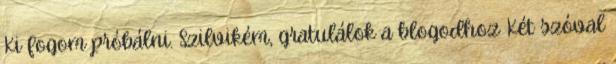
Ki fogom próbálni. Szilvikém, gratulálok a blogodhoz Két szóval